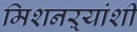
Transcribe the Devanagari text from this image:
मिशनऱ्यांशी